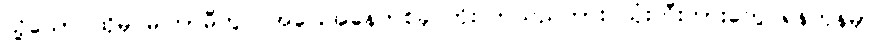
သို့သော် ထိုမှ မကြာမီတွင် အခြေအနေတစ်ခု တိုးလာသည်ကား သုံးဘီးကားတွေ ရန်ကုန်မှာ